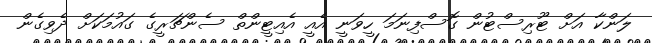
ލަންކާ އަށް ޓޫރިސްޓުން ގޮސްފިނަމަ ހީވަނީ އެއީ އެއިޓީންތް ސެންޗަރީގެ ގައުމަކަށް ދެވިގެން